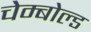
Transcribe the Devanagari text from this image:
चेम्बोल्ड